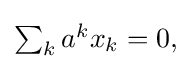
{\textstyle \sum _{k}a^{k}x_{k}=0,}